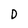
Character: D